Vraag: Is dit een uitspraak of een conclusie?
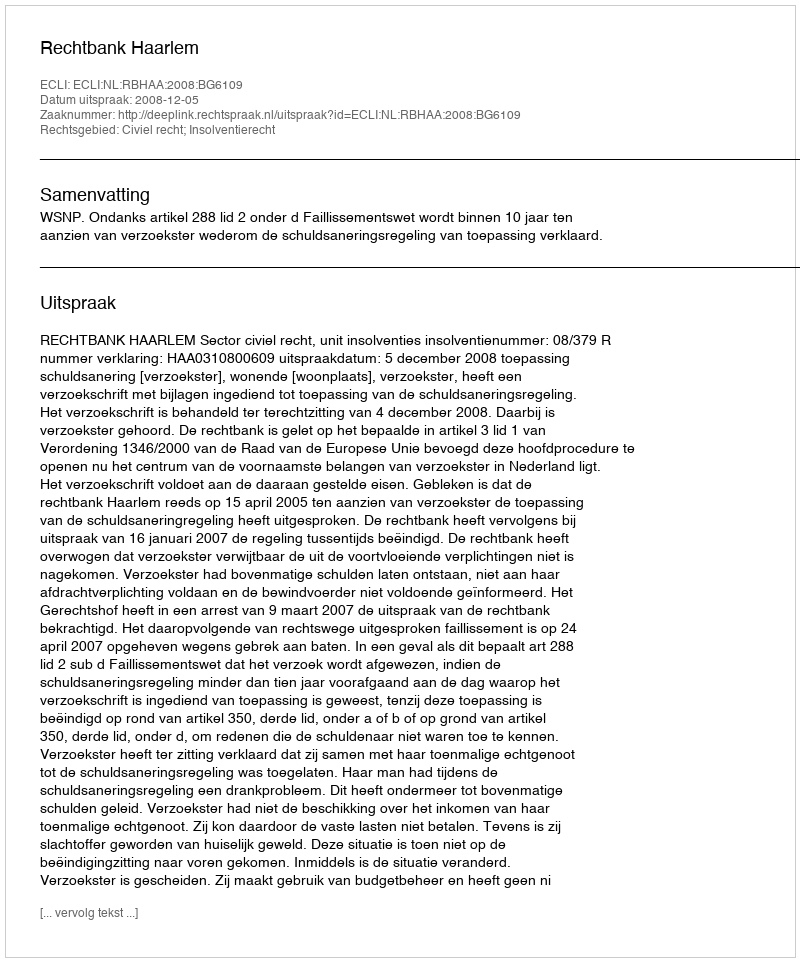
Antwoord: Uitspraak